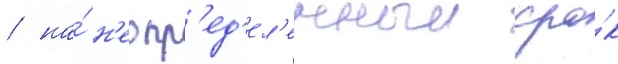
/ на́ н'еопр'ед'ел'енныи сро́к